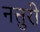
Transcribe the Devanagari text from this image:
नत्तुरी